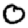
Digit: 0